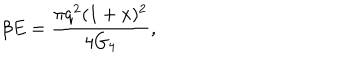
\beta E = \frac { \pi q ^ { 2 } ( 1 + x ) ^ { 2 } } { 4 G _ { 4 } } ,